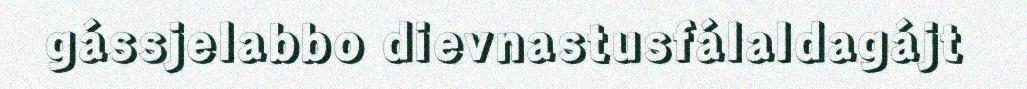
gássjelabbo dievnastusfálaldagájt